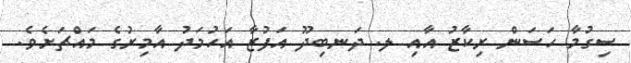
ސިގުމާ ހަސަން ރިކާޒު އާއި ލ. ދަނބިދޫ އަފުޒާ އަހުމަދު އާމިރުގެ މައްޗަށެވެ.